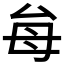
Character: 𭯇